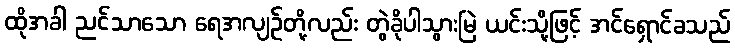
ထိုအခါ ညင်သာသော ရေအလျဉ်တို့လည်း တွဲခိုပါသွားမြဲ ယင်းသို့ဖြင့် အင်ရှောင်ခသည်